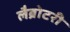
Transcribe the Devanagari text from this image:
लैब्रोटरी